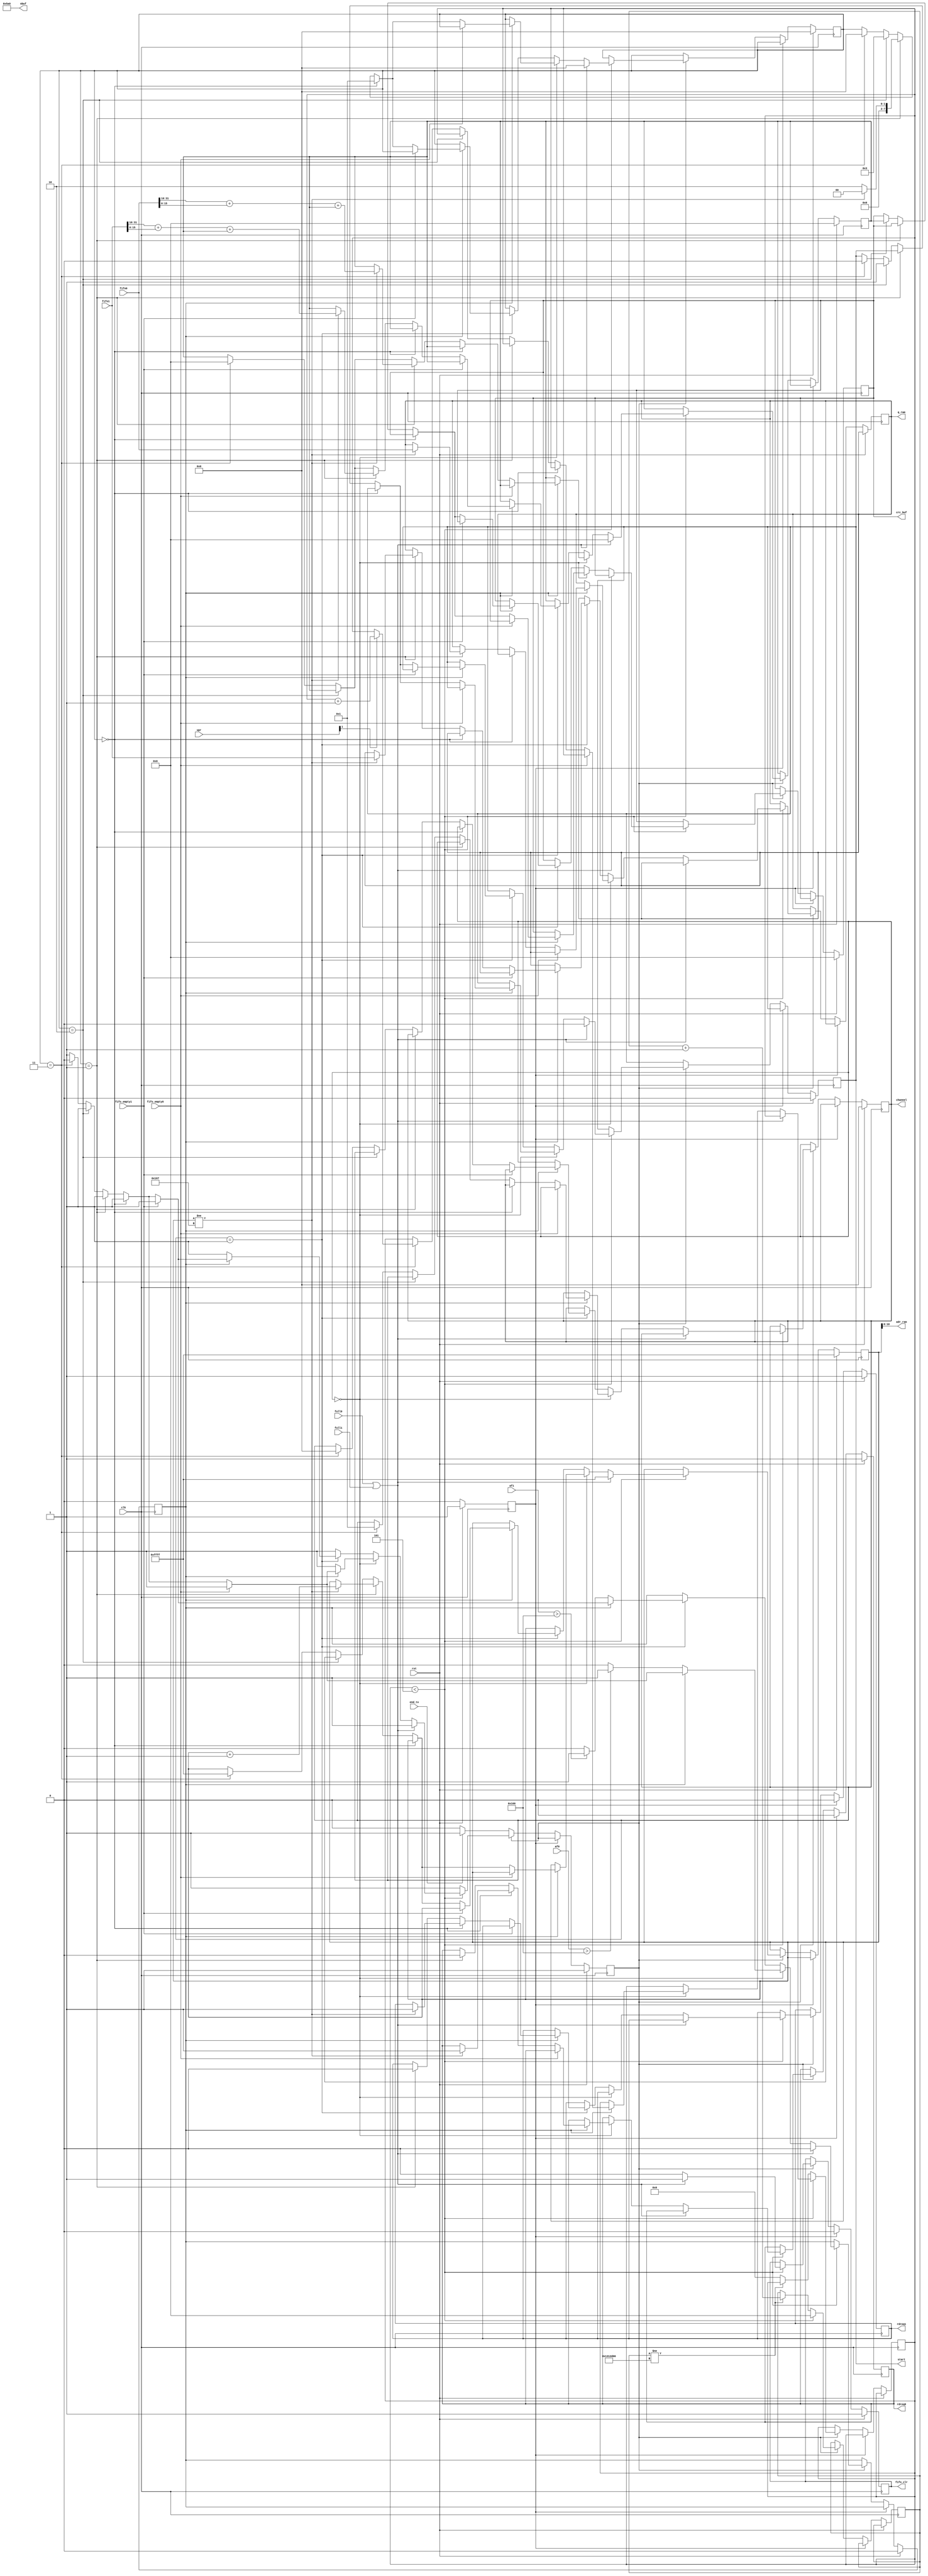
//-----------------------------------------------------------------------------
//
// Title       : crc_form
// Design      : list
// Company     : Microsoft
//
//-----------------------------------------------------------------------------
//
// Generated   : Mon Apr  1 10:13:40 2019
// From        : interface description file
// By          : Itf2Vhdl ver. 1.22
//
//-----------------------------------------------------------------------------
//
// Description : 
//
//-----------------------------------------------------------------------------
`timescale 1 ns / 1 ps

//{{ Section below this comment is automatically maintained
//   and may be overwritten
//{module {crc_form}}
module crc_form ( upr,channel,af0,af1,clk ,rst ,fifo0 ,fifo1 ,rdreq0 ,rdreq1 ,fifo_empty0 ,fifo_empty1 ,end_tx ,q_ram ,adr_ram ,crc_buf,nbuf,full0,full1,fifo_clr,start );
	
parameter n_buf=360;//  (n octet / 4) 360   I+Q (16+16=32)
parameter z=5;

output [15:0] nbuf ;//  
wire [15:0] nbuf ;

output [7:0] channel ;
wire   [7:0] channel ;

output start ;
wire start ;

output fifo_clr ;
wire fifo_clr ;

output rdreq0 ;
wire rdreq0 ;
output rdreq1 ;
wire rdreq1 ;
output [31:0] q_ram ;
wire [31:0] q_ram ;
output [10:0] adr_ram ;
wire [10:0] adr_ram ;
output [31:0] crc_buf ;
wire [31:0] crc_buf ; 

input [7:0] upr ;
wire [7:0] upr ; 

input [8:0] af0 ;
wire [8:0] af0 ; 	 

input [8:0] af1 ;
wire [8:0] af1 ; 

input full0 ;
wire full0 ; 

input full1 ;
wire full1 ;

input clk ;
wire clk ;
input rst ;
wire rst ;

input [31:0] fifo0 ;
wire [31:0] fifo0 ;
input [31:0] fifo1 ;
wire [31:0] fifo1 ;
input fifo_empty0 ;
wire fifo_empty0 ;
input fifo_empty1 ;
wire fifo_empty1 ;
input end_tx ;
wire end_tx ;

reg rdreq0_reg=0;
reg rdreq1_reg=0;
reg [31:0] time_buf_reg=0;
reg [31:0] crc_buf_reg=0;
reg [31:0] q_ram_reg=0;
reg [10:0] adr_ram_reg=0;

reg [31:0] crc_temp=0;
reg [15:0] sch=0;
reg [ 7:0] n_fifo=0;
reg [ 7:0] step=0; 
reg start_reg=0;
reg fifo_clr_reg=0;
reg flag_fifo_AF=0;
reg [31:0] timer_delay=0;
reg [15:0] sch_delay=0;
reg flag_rst=0;
reg start_work=0;

assign nbuf=(n_buf*4);	//
assign fifo_clr=fifo_clr_reg; 
assign q_ram = q_ram_reg;
assign adr_ram = sch;
assign rdreq0 = rdreq0_reg;
assign rdreq1 = rdreq1_reg;
assign crc_buf=	crc_buf_reg;   
assign start=start_reg;
assign channel=n_fifo;

always @(posedge clk)
	if (rst)
		begin
		start_work<=1;
		sch<=16'hffff;
		crc_temp<=0;
		n_fifo<=0; 
		step<=0;
		start_reg<=0;  
		crc_buf_reg <=0;
		fifo_clr_reg<=1;
		flag_fifo_AF<=0;
		rdreq0_reg<=1;//    
		rdreq1_reg<=1;
		flag_rst<=1;
		end
	else
	if (flag_rst==1)
		begin
			rdreq0_reg<=0;
			rdreq1_reg<=0;
			flag_rst<=0;
			fifo_clr_reg<=0;
		end else
		if (start_work==0)
		begin
			if (end_tx) //     
			begin
			start_work<=1;
			end 
		end 
		else
		begin
				if (sch_delay<z) //   !!!
				begin
				timer_delay<=0;
					if ((full0)||(full1))
							begin
							fifo_clr_reg<=1;
							flag_fifo_AF<=0;
							start_reg<=0;
						  	step<=0;
							sch<=16'hffff;	
							crc_temp<=0;
							end else
							begin
							fifo_clr_reg<=0;
											if (n_fifo==0)
											begin
												if (flag_fifo_AF==1)
												begin
													if (fifo_empty0==0)
														begin
														//----------------
														
														//----------------
															if (step==0)
																begin
																if (sch!=(n_buf-1)) rdreq0_reg<=1;
																step<=1;
																end	else
															if (step==1)
																begin
																rdreq0_reg<=0;
																										
																if (sch!=(n_buf-1)) 
																	begin
																	sch<=sch+1; 
																	step<=0;
																	q_ram_reg<=fifo0;
																	crc_temp <=fifo0[31:16]+fifo0[15:0]+crc_temp;
																	end
																	else  step<=2;							
																end	else
															if (step==2)
																begin
																start_reg<=1;
																crc_buf_reg <=crc_temp;
																step<=3;	
																end else
															if (step==3)
																begin
																start_work<=0;
																flag_fifo_AF<=0;
																start_reg<=0;
																step<=0;
																sch<=16'hffff;	
																crc_temp<=0;
																n_fifo<=1;//n_fifo<=1;
																if (upr[1]==1) sch_delay<=sch_delay+1;																
																end
														end				
												end else if (af0>358)  flag_fifo_AF<=1;//         300       UDP
											end else
											if (n_fifo==1)
											begin
												if (flag_fifo_AF==1)
												begin
													if (fifo_empty1==0)
														begin
															if (step==0)
																begin
																if (sch!=(n_buf-1)) rdreq1_reg<=1;
																step<=1;
																end	else
															if (step==1)
																begin
																rdreq1_reg<=0;
																
																if (sch!=(n_buf-1)) 
																	begin
																	sch<=sch+1; 
																	step<=0;
																	q_ram_reg<=fifo1;
																	crc_temp <=fifo1[31:16]+fifo1[15:0]+crc_temp;
																	end
																	else  step<=2;							
																end	else
															if (step==2)
																begin
																start_reg<=1;
																crc_buf_reg <=crc_temp;
																step<=3;	
																end else
															if (step==3)
																begin
																start_work<=0;
																flag_fifo_AF<=0;
																start_reg<=0;
																step<=0;
																sch<=16'hffff;	
																crc_temp<=0;
																n_fifo<=0;//														
																end
														end				
												end else if (af1>358)  flag_fifo_AF<=1;
											end 
							end
					
				end 
					else
					begin
					if (timer_delay!=20000000) timer_delay<=timer_delay+1; else sch_delay<=0;// 0.5 
					end
		end


endmodule